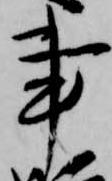
事